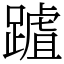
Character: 䠡